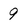
Character: 9